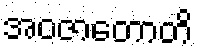
အဝဇာတောတိ